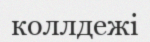
коллдежі